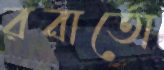
রবার্তো